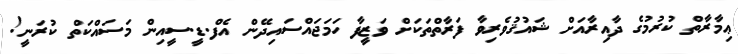
ޢިމާރާތް ކުރުމުގެ ދާއިރާއަށް ޝައުޤުވެރިވާ ފަރާތްތަކަށް ވަޒީފާ ހަމަޖައްސައިދޭން އެފް.ޑީ.ސީއިން މަސައްކަތް ކުރަނީ!